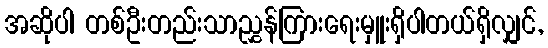
အဆိုပါ တစ်ဦးတည်းသာညွှန်ကြားရေးမှူးရှိပါတယ်ရှိလျှင်,